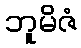
ဘူမိဇံ